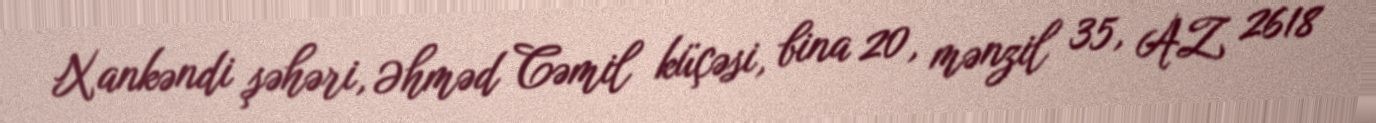
Xankəndi şəhəri, Əhməd Cəmil küçəsi, bina 20, mənzil 35, AZ 2618